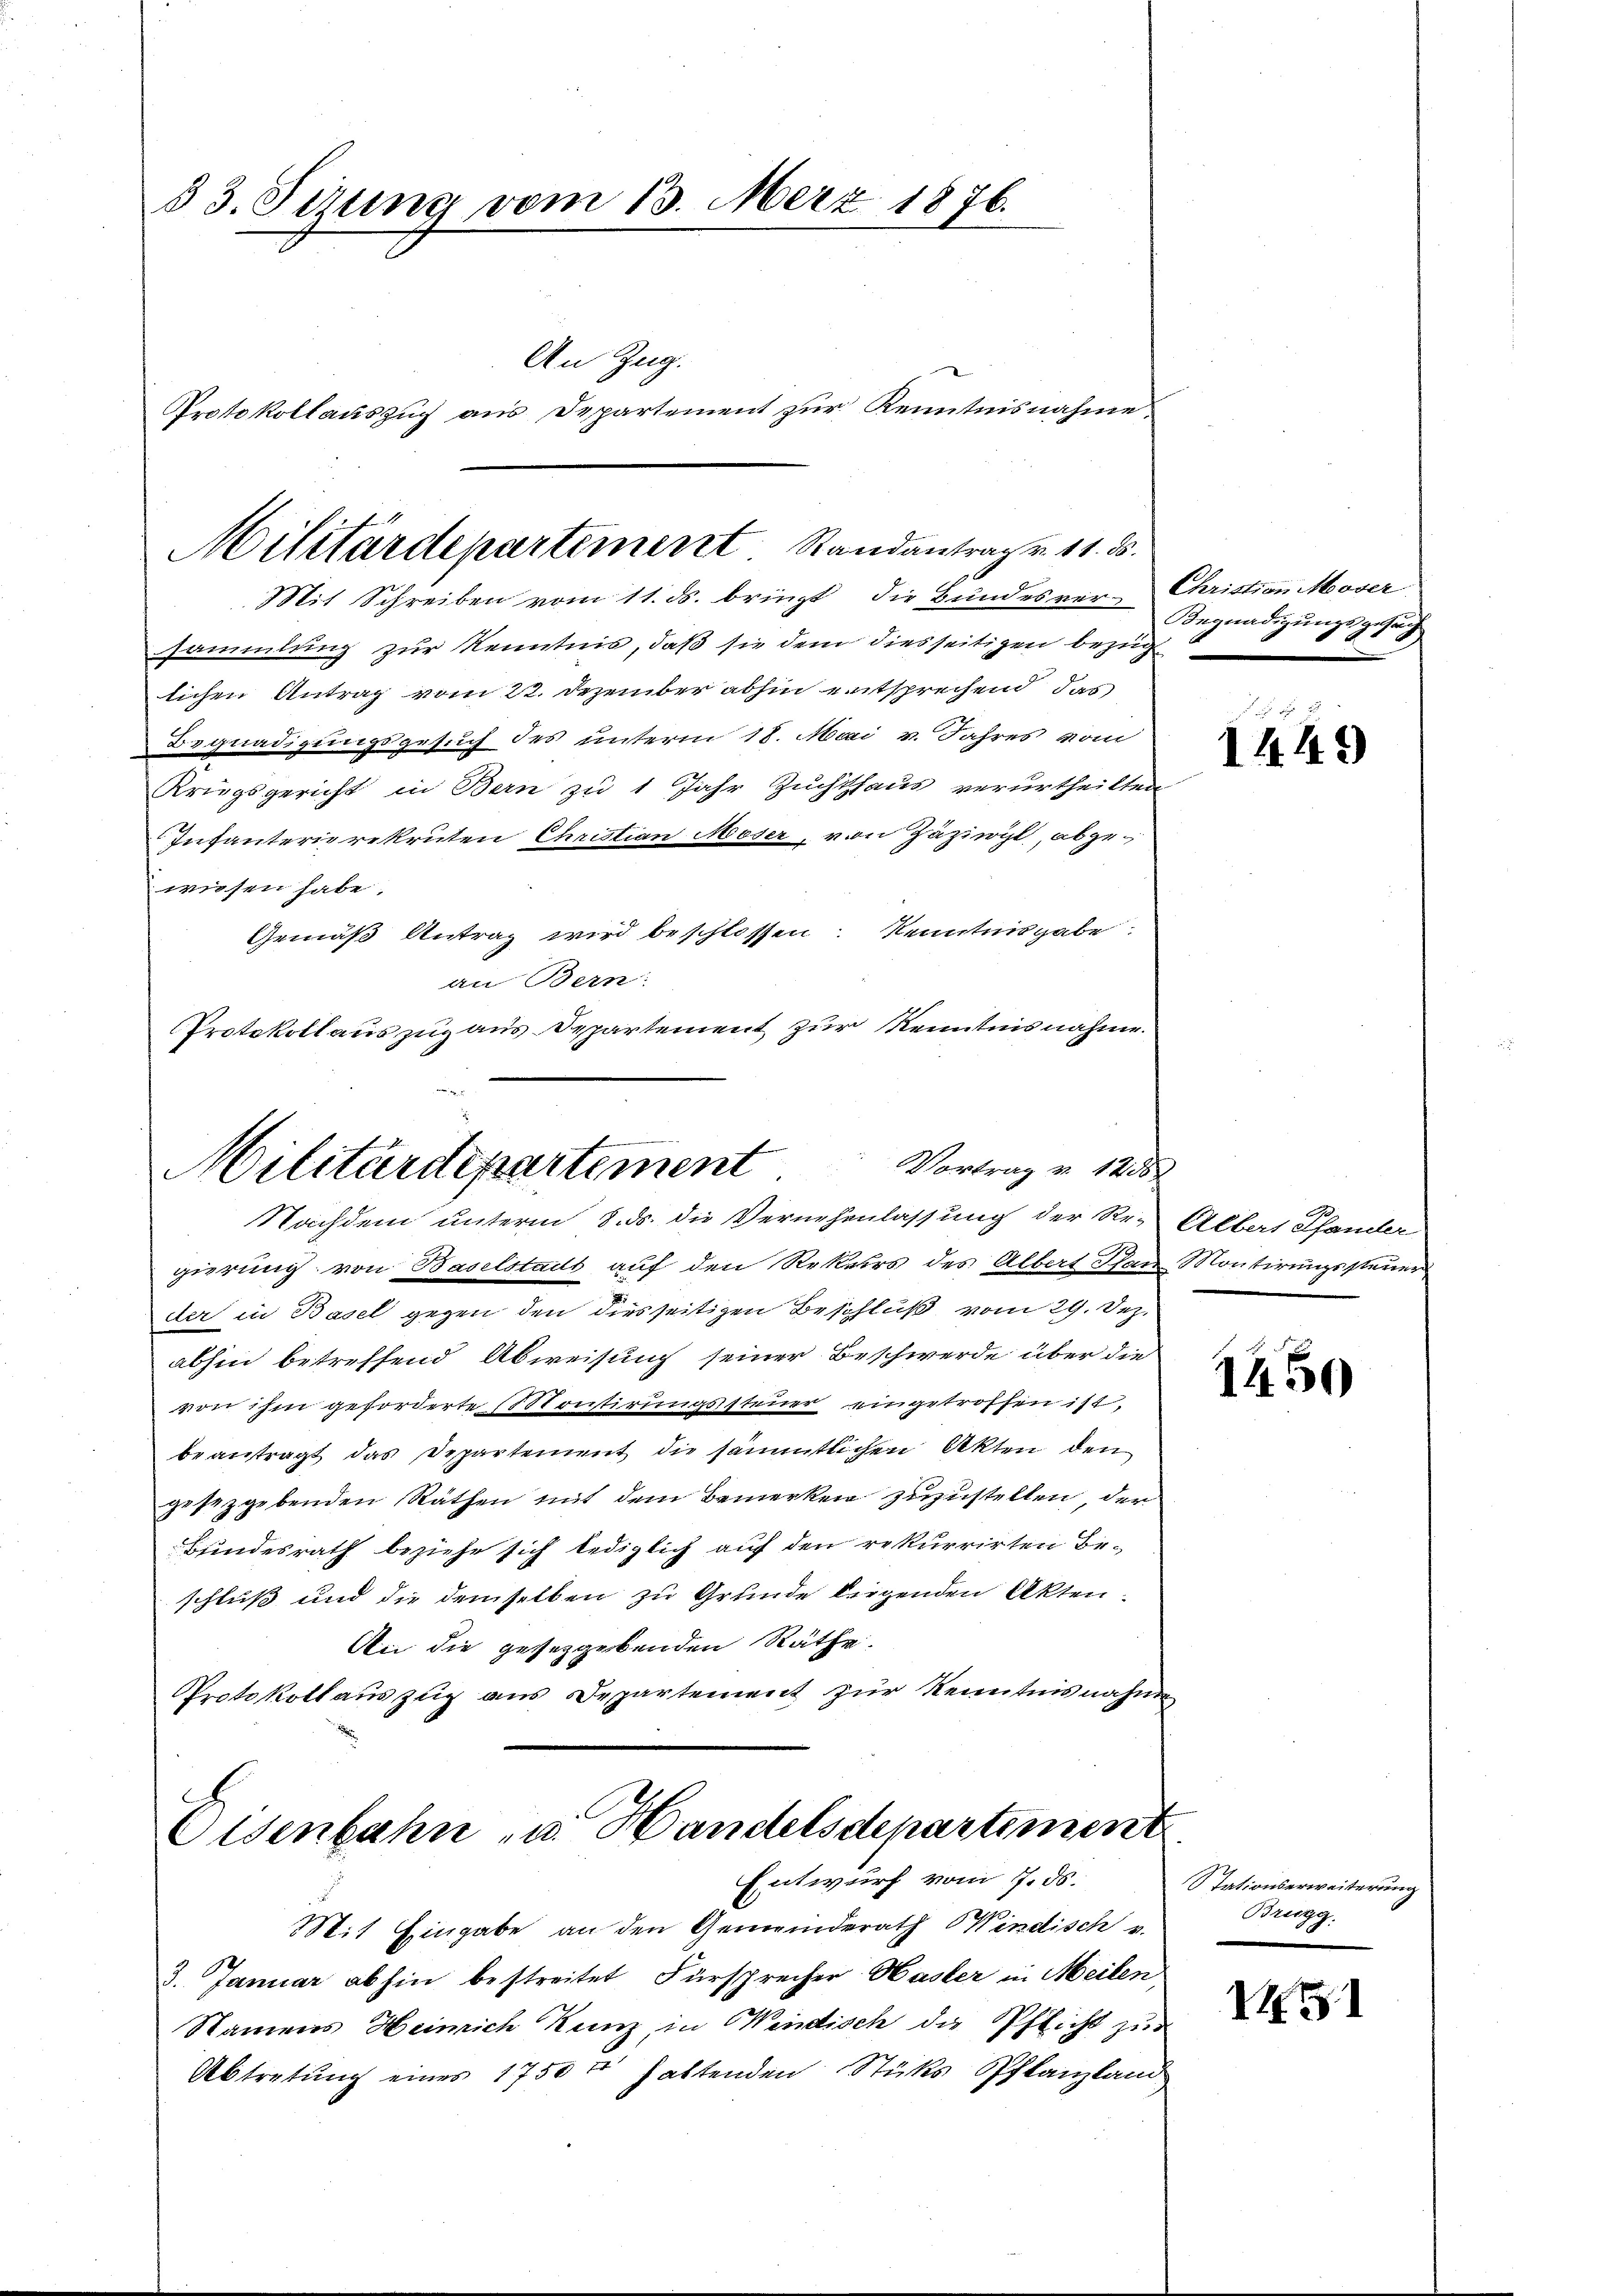
§ 3. Sizung vom 13. März 1876.
An Zug.
Protokollauszug aus Departement zur Kenntnisnahme.

Militärdepartement Randantrag v. 11. ds.
Mit Schreiben vom 11. ds. bringt die Bundesver-

sammlung zur Kenntnis, daß sie dem diesseitigen bezug
lichen Antrag vom 22. Dezember abhin entsprechend das
Begnadigungsgesuch des unterm 18. Mai v. Jahres vom
Krugsgericht in Bern zu 1 Jahr Zuchthaus verurtheilten
Infanterierekruten Christian Moser, von Zäziwyl, abgewiesen habe,
Gemäß Antrag wird beschlossen: Kenntnisgabe.
an Bern:
Protokollauszug aus Departement zur Kenntnisnahme.

Militärdepartement Vortrag u. 1255
Nachdem unterm 8. ds. die Vernehmlassung der Re-Albat Pfander

Eisenbahn u. Handelsdepartement
Entwurf vom 7. ds.

gierung von Baselstadt auf den Rekurs des Albert San Montirungssteuer
der in Basel gegen den dies seitigen Beschluß vom 29. Dez.
abhin betreffend Abweisung seiner Beschwerde über die
von ihm geforderte Pontirungssteuer eingetroffen ist,
beantragt das Departement die sämmtlichen Akten den
gesezgebenden Räthen mit dem Bemerken zuzustellen, der
Bindesrath beziehe sich lediglich auf den rekurrirten Beschluß und die demselben zu Grunde liegenden Akten.
An die gesetzgebenden Räthe.
Protokollauszug aus Departement zur Kenntnisnahme

Mit Eingabe an den Gemeinderath Windisch v.
3. Januar abhin bestreitet Fürsprecher Hasler in Meilen,
Namens Heinrich Kunz, in Windisch die Pflicht zur
Abtretung eines 1750 f haltenden Stücks Pflanzland

Christian Moser
Begnadigun
4
Ich sich

a
1449

1450

Stationserweiterung
Bring

VI51